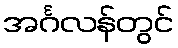
အင်္ဂလန်တွင်